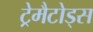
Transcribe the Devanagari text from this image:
ट्रेमैटोड्स